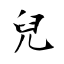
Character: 兒